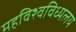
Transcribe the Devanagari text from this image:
महविश्वविध्यलय